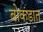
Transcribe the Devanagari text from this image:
बोकडात